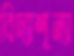
বিদ্যাশূন্যা